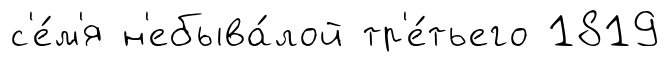
с'е́м'я н'ебыва́лой тр'е́тьего 1819